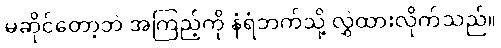
မဆိုင်တော့ဘဲ အကြည့်ကို နံရံဘက်သို့ လွှဲထားလိုက်သည်။